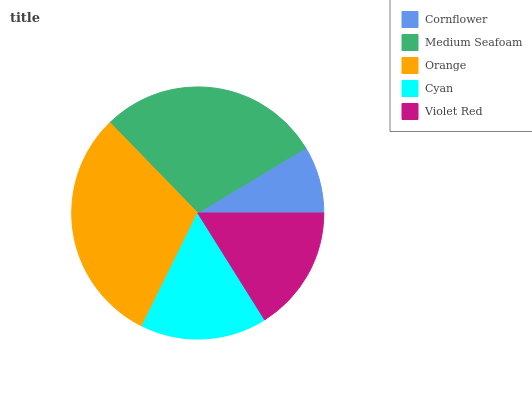
| Cornflower | Medium Seafoam | Orange | Cyan | Violet Red |
 | --- | --- | --- | --- | --- |
 | 8.63% | 28.7% | 30.4% | 16.2% | 16.1% |